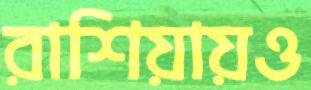
রাশিয়ায়ও